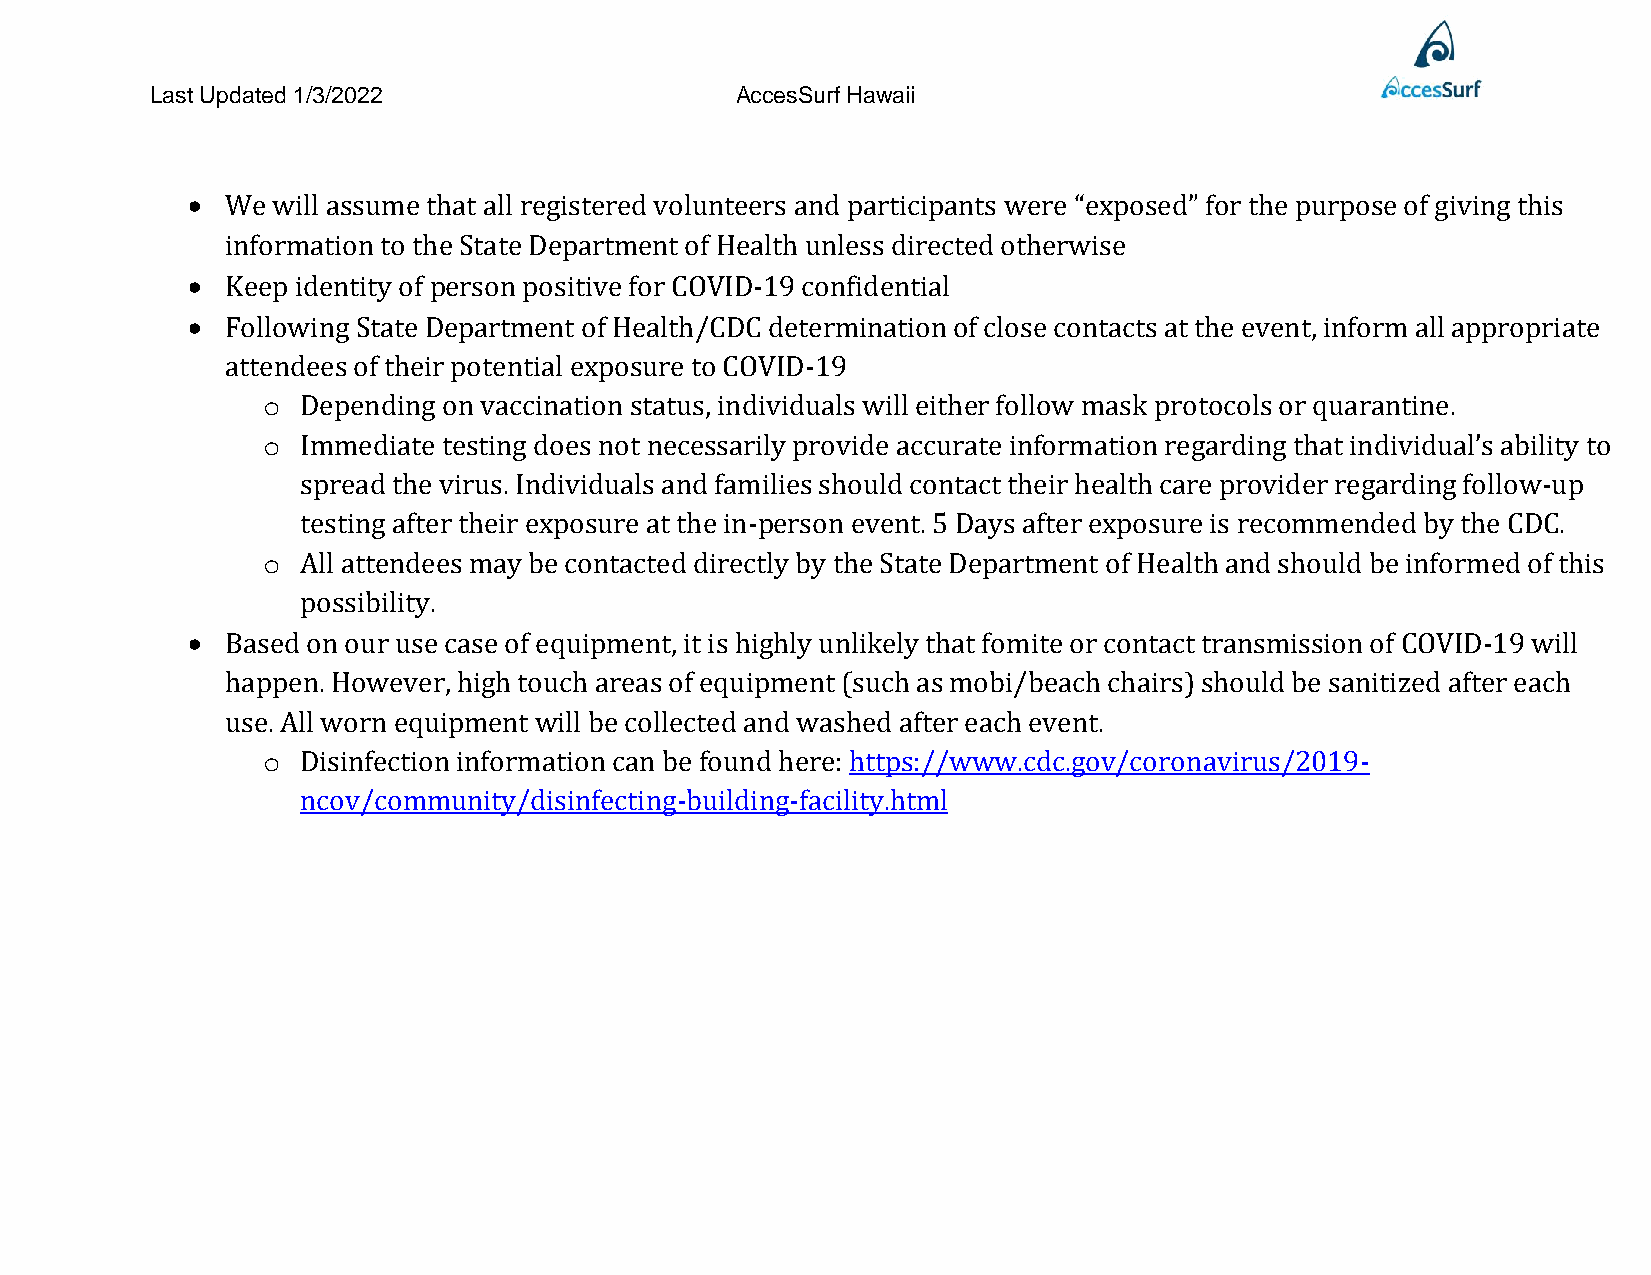
Last Updated 1/3/2022                  AccesSurf Hawaii
 •  We will assume that all registered volunteers and participants were “exposed” for the purpose of giving this
 information to the State Department of Health unless directed otherwise
 •  Keep identity of person positive for COVID-19 confidential
 •  Following State Department of Health/CDC determination of close contacts at the event, inform all appropriate
 attendees of their potential exposure to COVID-19
 o  Depending on vaccination status, individuals will either follow mask protocols or quarantine.
 o  Immediate testing does not necessarily provide accurate information regarding that individual’s ability to
 spread the virus. Individuals and families should contact their health care provider regarding follow-up
 testing after their exposure at the in-person event. 5 Days after exposure is recommended by the CDC.
 o  All attendees may be contacted directly by the State Department of Health and should be informed of this
 possibility.
 •  Based on our use case of equipment, it is highly unlikely that fomite or contact transmission of COVID-19 will
 happen. However, high touch areas of equipment (such as mobi/beach chairs) should be sanitized after each
 use. All worn equipment will be collected and washed after each event.
 o  Disinfection information can be found here: https://www.cdc.gov/coronavirus/2019-
 ncov/community/disinfecting-building-facility.html